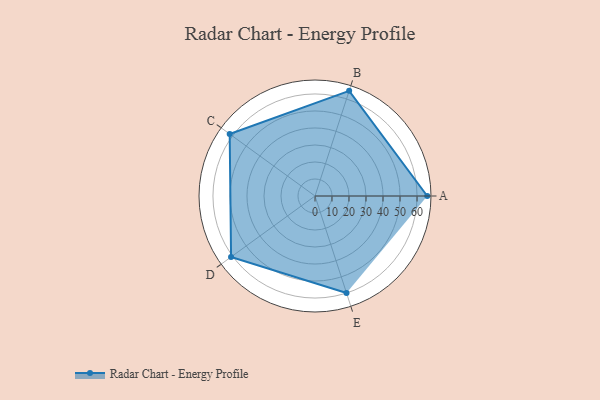
{"axis": {"x": "Skill", "y": "Score"}, "legend": ["Profile"], "data": [{"x": "A", "y": 66.0, "type": "Profile"}, {"x": "B", "y": 65.0, "type": "Profile"}, {"x": "C", "y": 62.0, "type": "Profile"}, {"x": "D", "y": 61.0, "type": "Profile"}, {"x": "E", "y": 60.0, "type": "Profile"}]}